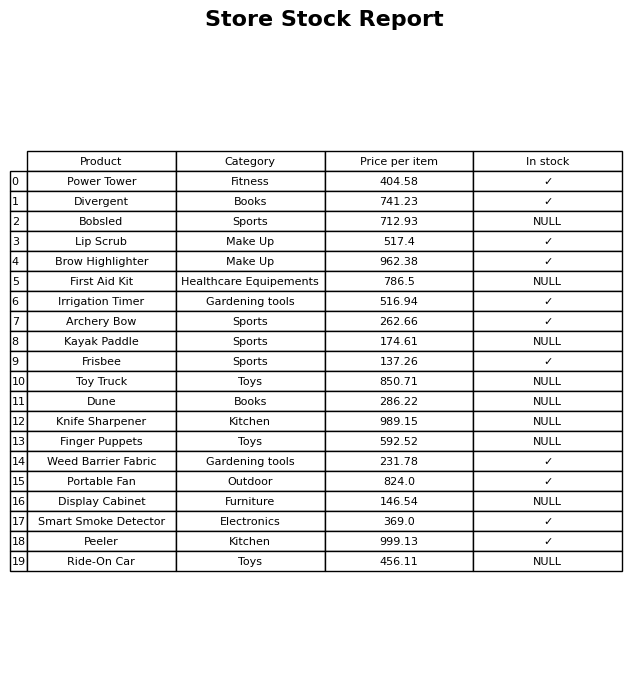
question: What is the price of the Brow Highlighter?
answer: The price of Brow Highlighter is 962.38.